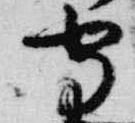
守